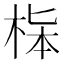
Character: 𣒬